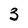
Character: 3